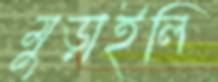
মুড়াইলি